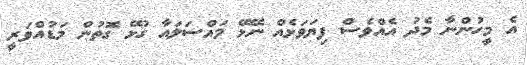
އެ މީހުންނާ މެދު އެއްވެސް ފިޔަވަޅެއް ނޭޅޭ މައްސަލައާ ގުޅޭ ގޮތުން މަޑުއްވަރީ